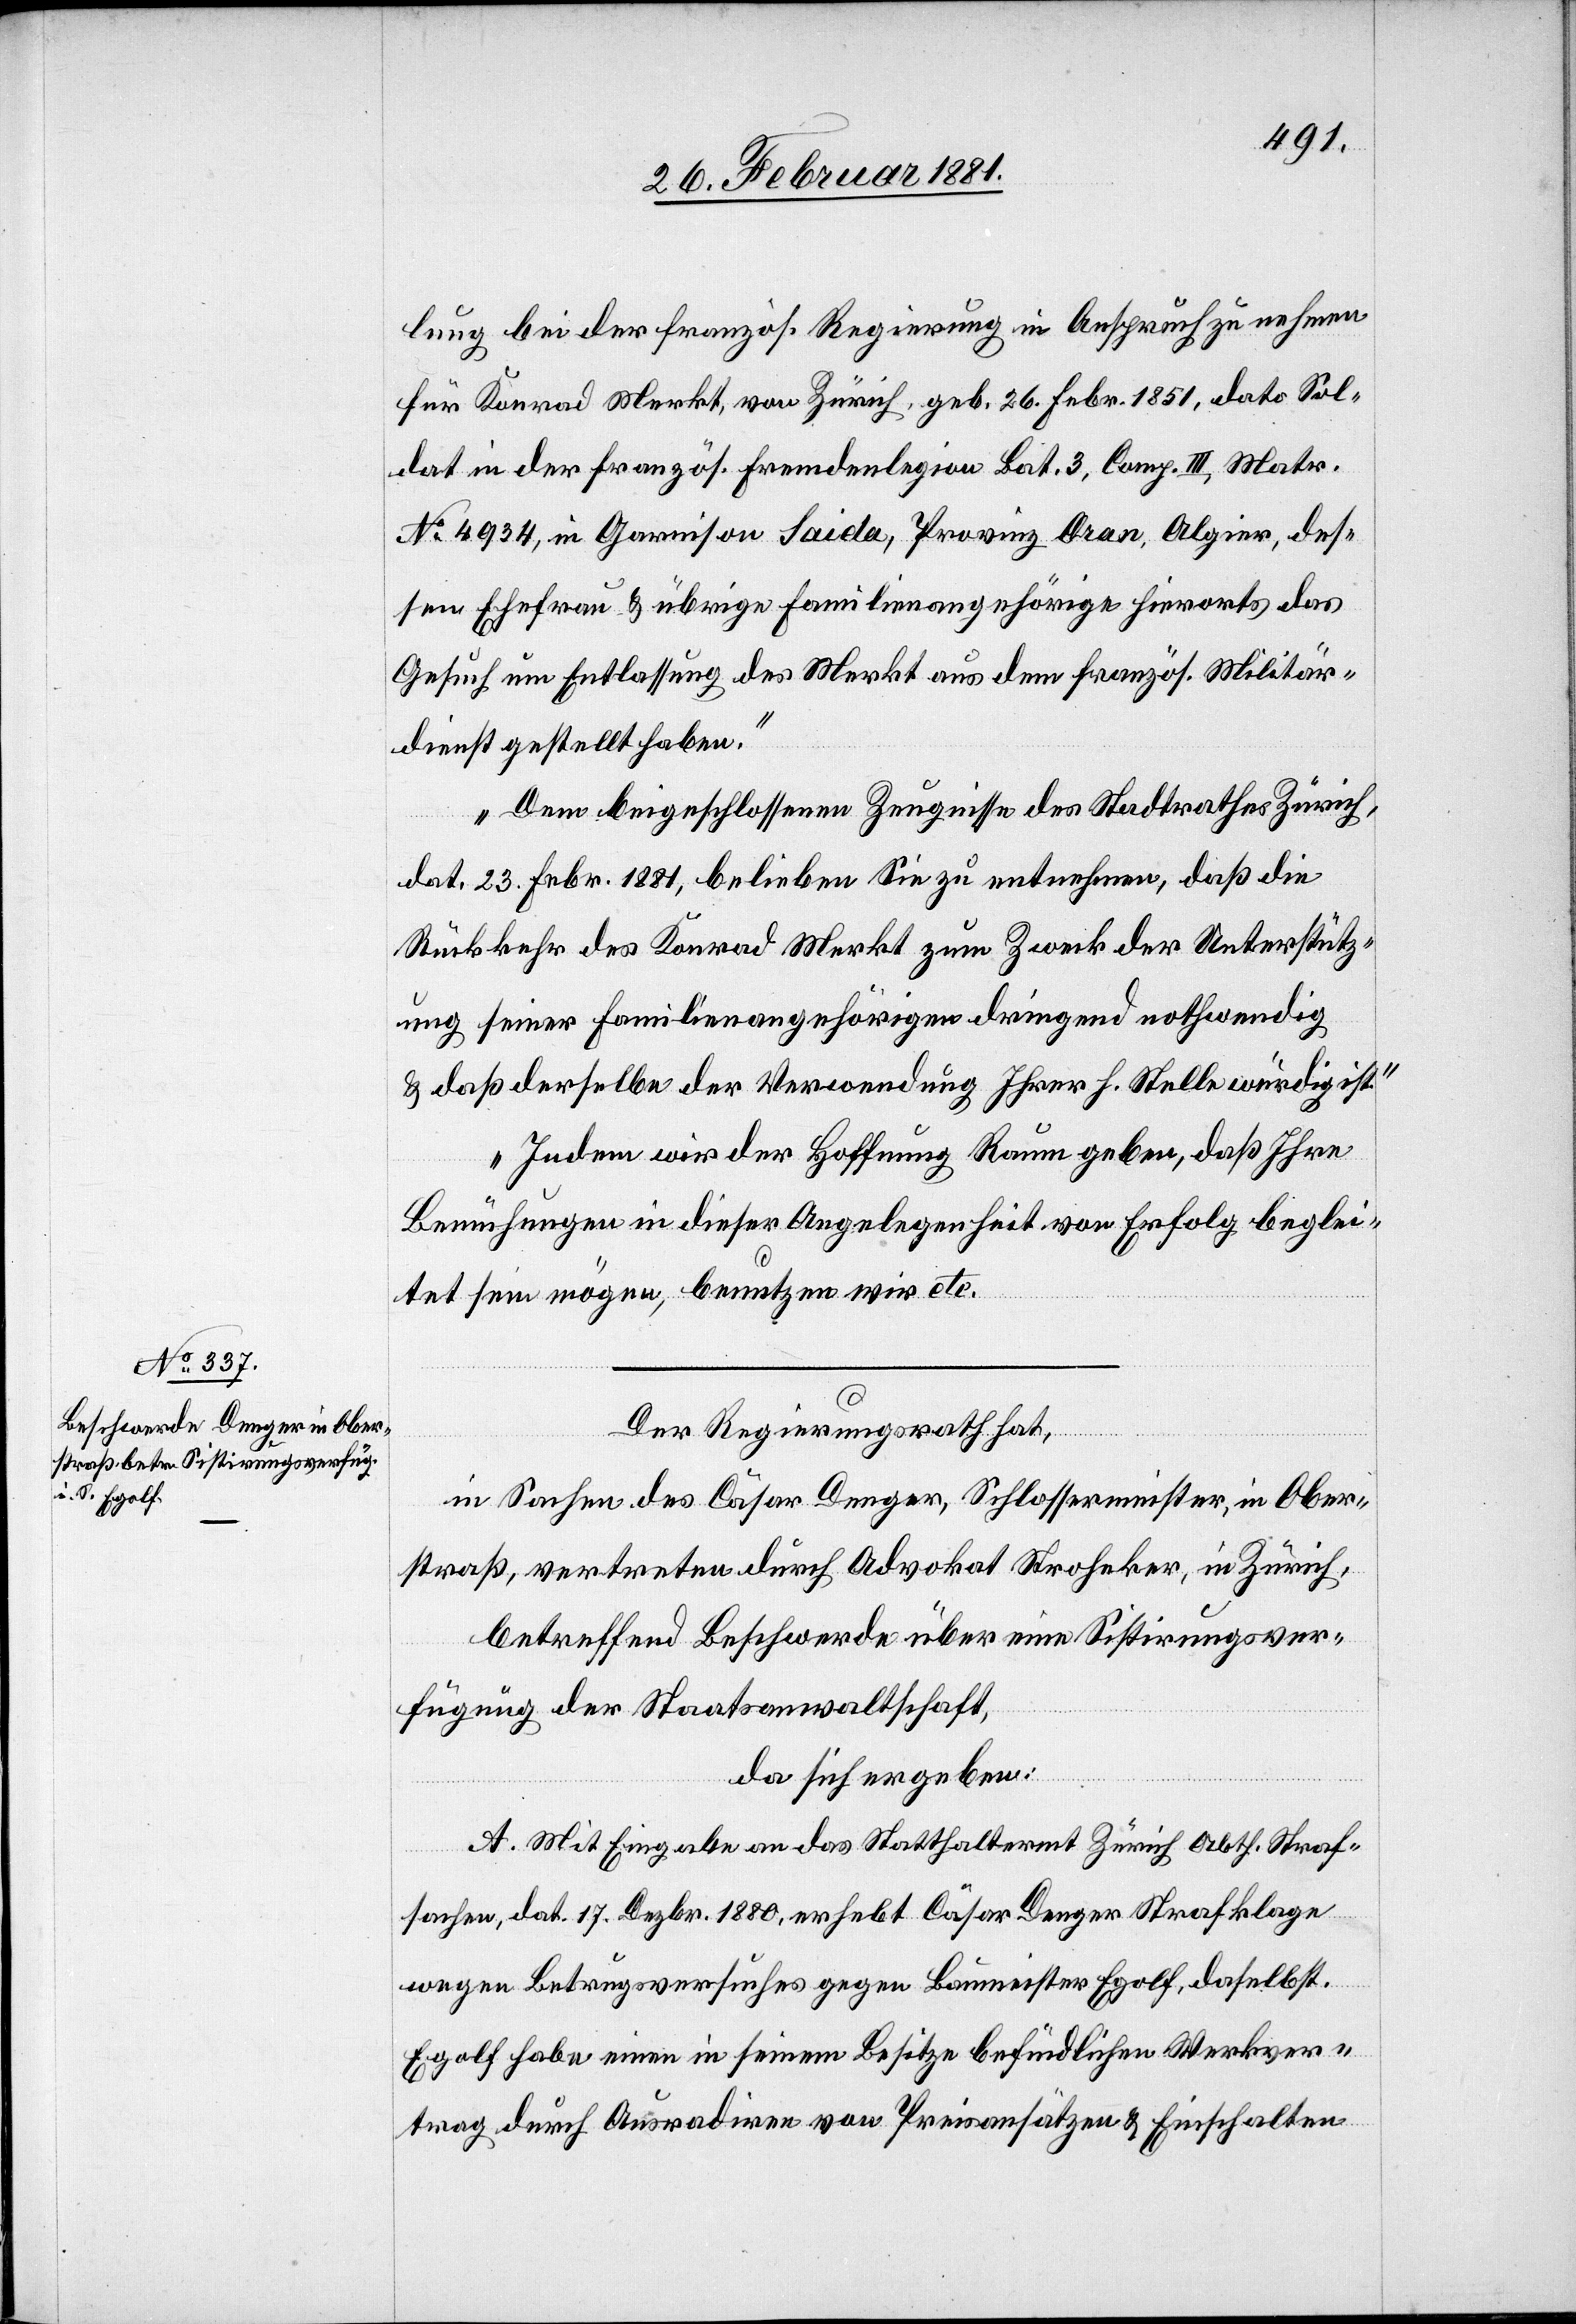
lung bei der französ. Regierung in Anspruch zu nehmen
für Konrad Markt, von Zürich, geb. 26. Febr. 1851, dato Sol¬
dat in der französ. Fremdenlegion Bat. 3, Comp. III, Matr.
No 4934, in Garnison Saida, Provinz Oran, Algier, des¬
sen Ehefrau & übrige Familienangehörige hierorts das
Gesuch um Entlassung des Markt aus dem französ. Militär¬
dienst gestellt haben.
Dem beigeschlossenen Zeugnisse des Stadtrathes Zürich,
dat. 23 Febr. 1881, belieben Sie zu unternehmen, daß die
Rückkehr des Konrad Markt zum Zweck der Unterstütz¬
ung seiner Familienangehörigen dringend nothwendig
& daß derselbe der Verwendung Ihrer h. Stelle würdig ist.
Indem wir der Hoffnung Raum geben, daß Ihre
Bemühungen in dieser Angelegenheit von Erfolg beglei¬
tet sein mögen, benutzen wir etc.“
Der Regierungsrath hat,
in Sachen des Cäsar Denger, Schlossermeister, in Ober¬
straß, vertreten durch Advokat Stroheker, in Zürich,
betreffend Beschwerde über eine Sistirungsver¬
fügung der Staatsanwaltschaft,
hat sich ergeben:
A. Mit Eingabe an das Statthalteramt Zürich Abth. Straf¬
sachen, dat. 17. Dezbr. 1880, erhebt Cäsar Denger Strafanklage
wegen Betrugsversuches gegen Baumeister Egolf, daselbst.
Egolf habe einen in seinem Besitze befindlichen Werkver¬
trag durch Ausradiren von Preisansätzen & Einschalten